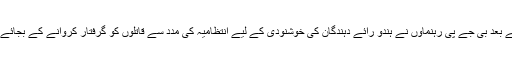
الور میں پہلو خان اور راکبر کی شہادت کے بعد بی جے پی رہنماوں نے ہندو رائے دہندگان کی خوشنودی کے لیے انتظامیہ کی مدد سے قاتلوں کو گرفتار کروانے کے بجائےمقتول کے ساتھیوں کومقدمہ میں پھنسا دیا۔